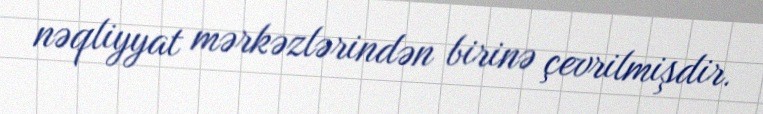
nəqliyyat mərkəzlərindən birinə çevrilmişdir.